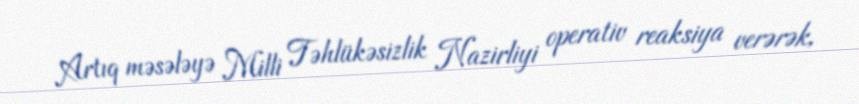
Artıq məsələyə Milli Təhlükəsizlik Nazirliyi operativ reaksiya verərək,